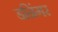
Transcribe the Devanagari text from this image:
डनिंगर